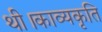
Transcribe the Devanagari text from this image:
थी।काव्यकृति